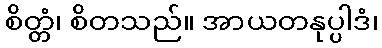
စိတ္တံ၊ စိတသည်။ အာယတနုပ္ပါဒံ၊